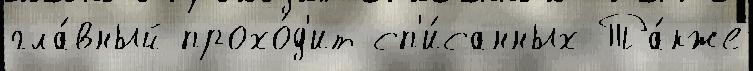
гла́вный прохо́д'ит сп'и́санных Та́кже